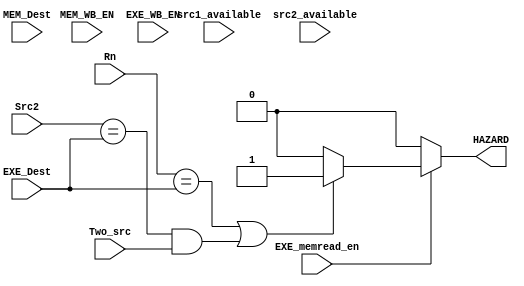
module HazardDetectionUnit(EXE_memread_en, Rn, MEM_Dest, MEM_WB_EN, EXE_Dest, EXE_WB_EN, Src2, Two_src, src1_available, src2_available,HAZARD);
    input [3:0] Rn, MEM_Dest, EXE_Dest, Src2;
    input EXE_memread_en, MEM_WB_EN, EXE_WB_EN, Two_src, src1_available, src2_available;
    output reg HAZARD;

    always @(*) begin
        HAZARD = 1'b0;
        if(EXE_memread_en) begin
            if ((Rn == EXE_Dest) || ((Src2 == EXE_Dest) && (Two_src == 1'b1))) begin
                HAZARD = 1'b1;
            end
        end
    end
endmodule